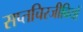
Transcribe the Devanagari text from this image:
सप्तचिरजीवियों